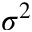
\sigma ^ { 2 }